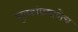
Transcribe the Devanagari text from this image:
घुबडांप्रमाणेच